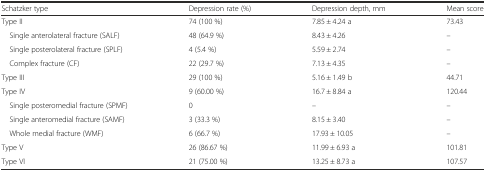
<table><thead><tr><td><b>Schatzker type</b></td><td><b>Depression rate (%)</b></td><td><b>Depression depth, mm</b></td><td><b>Mean score</b></td></tr></thead><tbody><tr><td>Type II</td><td>74 (100 %)</td><td>7.85 ± 4.24 a</td><td>73.43</td></tr><tr><td> Single anterolateral fracture (SALF)</td><td>48 (64.9 %)</td><td>8.43 ± 4.26</td><td>–</td></tr><tr><td> Single posterolateral fracture (SPLF)</td><td>4 (5.4 %)</td><td>5.59 ± 2.74</td><td>–</td></tr><tr><td> Complex fracture (CF)</td><td>22 (29.7 %)</td><td>7.13 ± 4.35</td><td>–</td></tr><tr><td>Type III</td><td>29 (100 %)</td><td>5.16 ± 1.49 b</td><td>44.71</td></tr><tr><td>Type IV</td><td>9 (60.00 %)</td><td>16.7 ± 8.84 a</td><td>120.44</td></tr><tr><td> Single posteromedial fracture (SPMF)</td><td>0</td><td>–</td><td>–</td></tr><tr><td> Single anteromedial fracture (SAMF)</td><td>3 (33.3 %)</td><td>8.15 ± 3.40</td><td>–</td></tr><tr><td> Whole medial fracture (WMF)</td><td>6 (66.7 %)</td><td>17.93 ± 10.05</td><td>–</td></tr><tr><td>Type V</td><td>26 (86.67 %)</td><td>11.99 ± 6.93 a</td><td>101.81</td></tr><tr><td>Type VI</td><td>21 (75.00 %)</td><td>13.25 ± 8.73 a</td><td>107.57</td></tr></tbody></table>